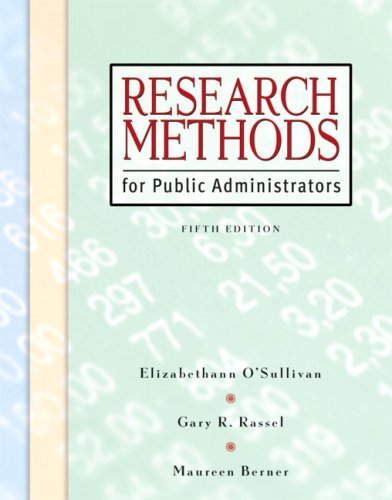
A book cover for Research Methods for Public Administrators (5th Edition); Elizabethann O'Sullivan; Politics & Social Sciences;